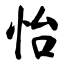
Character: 怡